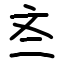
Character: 𫿭